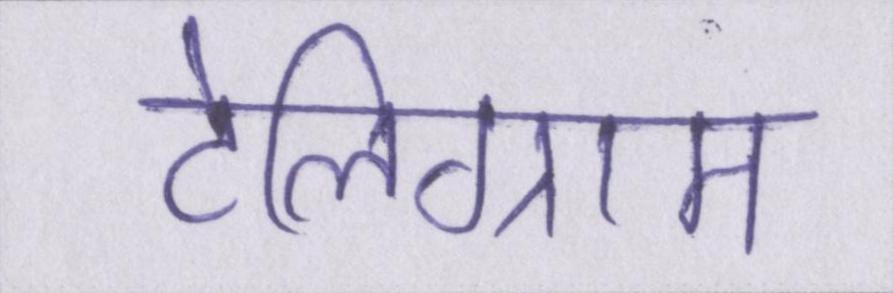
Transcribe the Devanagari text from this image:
टेलिग्राम